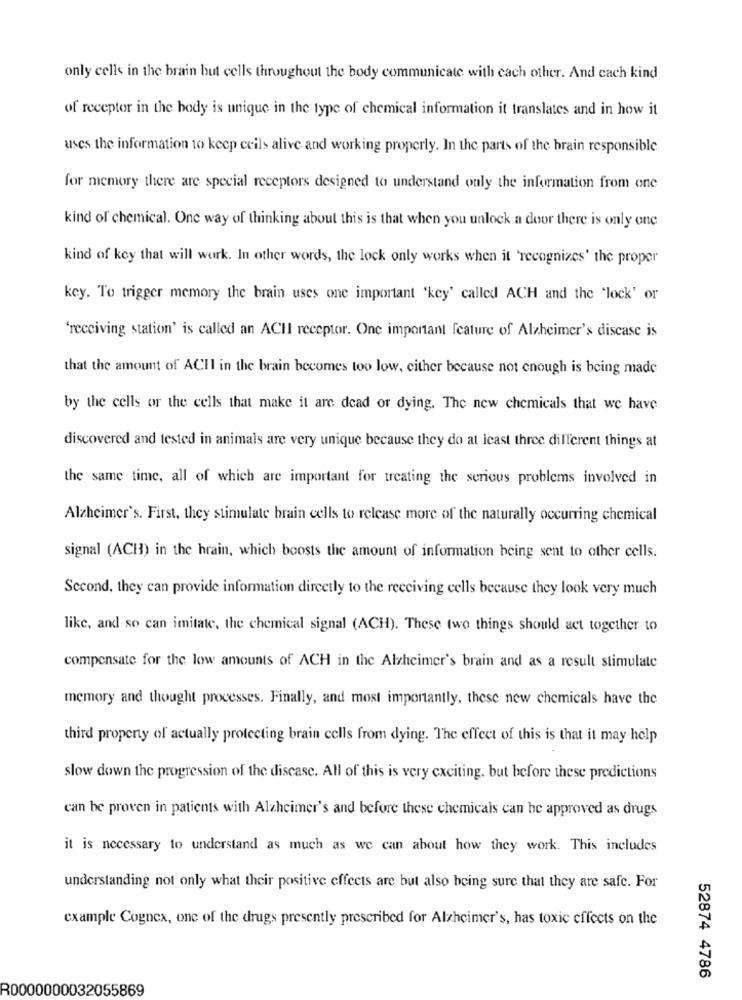
only cells in the brain but cells throughout the body communicate with each other. And cach kind
of receptor in the body is unique in the type of chemical information it translates and in how it
uses the information to keep ceils alive and working properly. In the parts of the brain responsible
for memory there are special receptors designed to understand only the information from one
kind of chemical. One way of thinking about this is that when you unlock a door there is only one
kind of key that will work. In other words, the lock only works when it 'recognizes' the proper
key. To trigger memory the brain uses one important 'key' called ACH and the 'lock' or
'receiving station' is called an ACH receptor. One important feature of Alzheimer's disease is
that the amount of ACHI in the brain becomes too low, either because not enough is being made
by the cells or the cells that make it are dead or dying. The new chemicals that we have
discovered and tested in animals are very unique because they do at least three different things at
the same time, all of which are important for treating the serious problems involved in
Alzheimer's. First, they stimulate brain cells to release more of the naturally occurring chemical
signal (ACH) in the hrain, which boosts the amount of information being sent to other cells.
Second, they can provide information directly to the receiving cells because they look very much
like, and so can imitate, the chemical signal (ACH). These two things should act together to
compensate for the low amounts of ACH in the Alzheimer's brain and as a result stimulate
memory and thought processes. Finally, and most importantly, these new chemicals have the
third property of actually protecting brain cells from dying. The effect of this is that it may help
slow down the progression of the disease. All of this is very exciting. but before these predictions
can be proven in patients with Alzheimer's and before these chemicals can be approved as drugs
it is necessary to understand as much as we can about how they work. This includes
understanding not only what their positive effects are but also being sure that they are safe. For
example Cognex, one of the drugs presently prescribed for Alzheimer's, has toxic effects on the
52874 4786
R0000000032055869